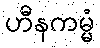
ဟီနကမ္မံ